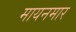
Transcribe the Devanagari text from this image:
मायनमार